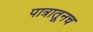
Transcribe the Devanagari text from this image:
पात्रातूनच